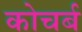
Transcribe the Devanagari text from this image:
कोचर्ब